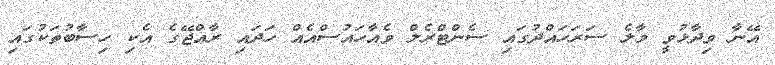
އޭނާ ވިދާޅުވީ މާލެ ސަރަހައްދުގައި ސެންޓްރެލް ވެއާހައުސްއެއް ހަދައި ރާއްޖޭގެ އެކި ހިސާބުތަކުގައި